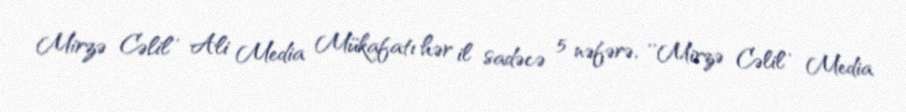
Mirzə Cəlil'' Ali Media Mükafatı hər il sadəcə 5 nəfərə, ''Mirzə Cəlil'' Media